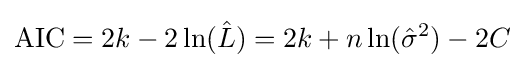
\mathrm {AIC} =2k-2\ln({\hat {L}})=2k+n\ln({\hat {\sigma }}^{2})-2C